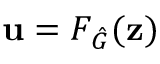
\mathbf { u } = F _ { \hat { G } } ( \mathbf { z } )